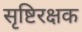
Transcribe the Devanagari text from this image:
सृष्टिरक्षक